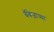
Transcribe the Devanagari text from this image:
बॅबेजाच्या